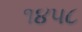
૧૪૫૮